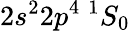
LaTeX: {2s^{2}2p^{4}~^{1}S_{0}}